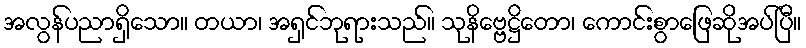
အလွန်ပညာရှိသော။ တယာ၊ အရှင်ဘုရားသည်။ သုနိဗ္ဗေဋ္ဌိတော၊ ကောင်းစွာဖြေဆိုအပ်ပြီ။